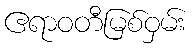
ဧရာဝတီမြစ်ဝှမ်း